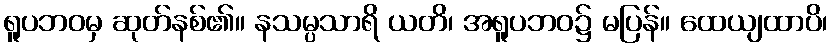
ရူပဘဝမှ ဆုတ်နစ်၏။ နသမ္ပသာရိ ယတိ၊ အရူပဘဝ၌ မပြန်။ ထေယျထာပိ၊